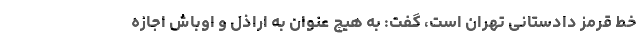
خط قرمز دادستانی تهران است، گفت: به هیچ عنوان به اراذل و اوباش اجازه